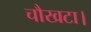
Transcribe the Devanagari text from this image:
चौखटा।